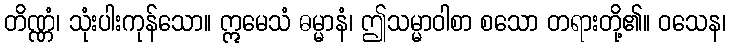
တိဏ္ဏံ၊ သုံးပါးကုန်သော။ ဣမေသံ ဓမ္မာနံ၊ ဤသမ္မာဝါစာ စသော တရားတို့၏။ ဝသေန၊